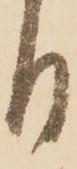
日